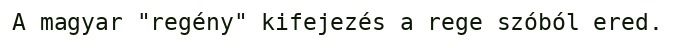
A magyar "regény" kifejezés a rege szóból ered.